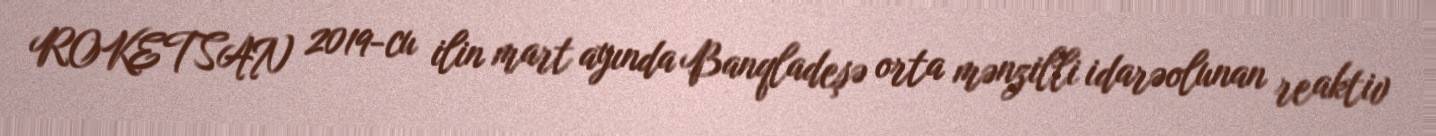
ROKETSAN 2019-cu ilin mart ayında Banqladeşə orta mənzilli idarəolunan reaktiv